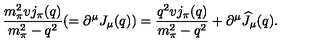
\displaystyle { \frac { m _ { \pi } ^ { 2 } v j _ { \pi } ( q ) } { m _ { \pi } ^ { 2 } - q ^ { 2 } } ( = \partial ^ { \mu } J _ { \mu } ( q ) ) = \frac { q ^ { 2 } v j _ { \pi } ( q ) } { m _ { \pi } ^ { 2 } - q ^ { 2 } } + \partial ^ { \mu } \widehat J _ { \mu } ( q ) . }